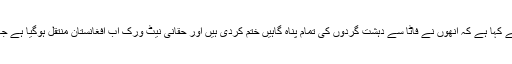
دوسری جانب پاکستان نے ان الزامات کو سختی سے مسترد کرتے ہوئے کہا ہے کہ انھوں نے فاٹا سے دہشت گردوں کی تمام پناہ گاہیں ختم کردی ہیں اور حقانی نیٹ ورک اب افغانستان منتقل ہوگیا ہے جہاں وہ اپنے بیسز کو منصوبوں اور حملوں کے لیے استعمال کررہا ہے۔